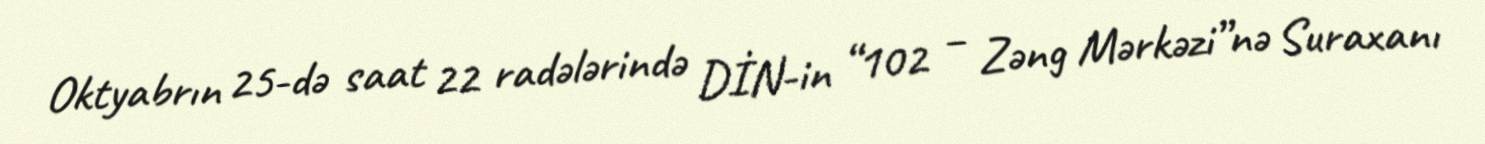
Oktyabrın 25-də saat 22 radələrində DİN-in “102 – Zəng Mərkəzi”nə Suraxanı